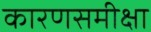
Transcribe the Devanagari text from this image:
कारणसमीक्षा